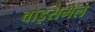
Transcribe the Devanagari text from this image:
वोइसमेल